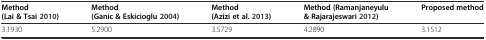
| Method (Lai & Tsai 2010) | Method (Ganic & Eskicioglu 2004) | Method (Azizi et al. 2013) | Method (Ramanjaneyulu & Rajarajeswari 2012) | Proposed method |
 | --- | --- | --- | --- | --- |
 | 3.1930 | 5.2900 | 3.5729 | 4.2890 | 3.1512 |